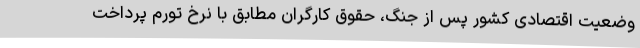
وضعیت اقتصادی کشور پس از جنگ، حقوق کارگران مطابق با نرخ تورم پرداخت